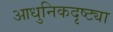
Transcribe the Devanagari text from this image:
आधुनिकदृष्ट्या